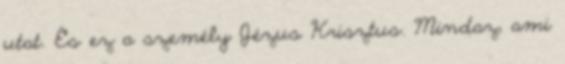
utat. És ez a személy Jézus Krisztus. Mindaz, ami